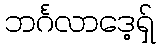
ဘင်္ဂလာဒေ့ရှ်